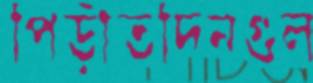
পিড়ীতদিনগুল